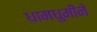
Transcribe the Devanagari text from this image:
धामधुमीने